Civil Veterinary Department Bengal reports 1933-51 - 1933-1951
Year: 1933
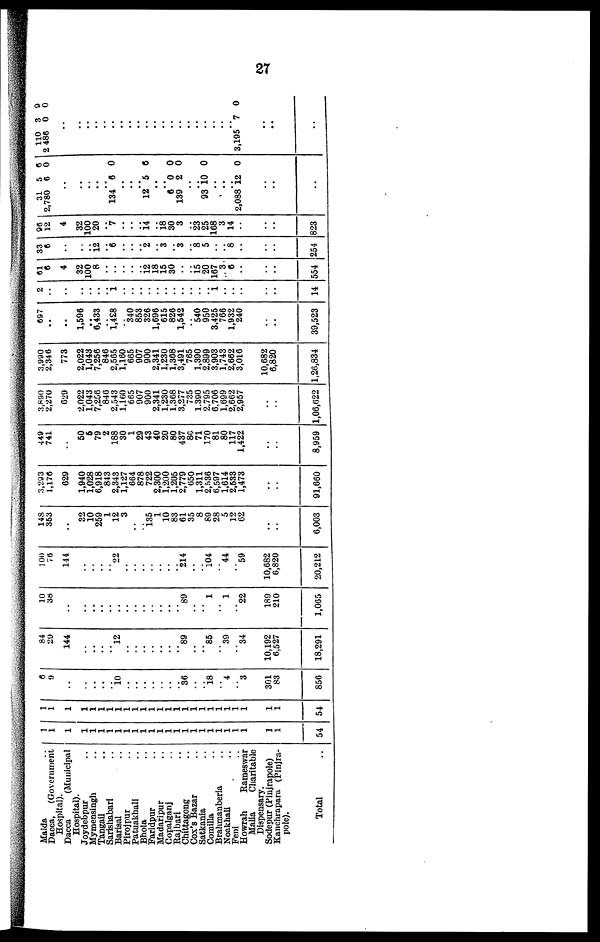
27
Malda ..
Dacca,
(Government
Hospital).
Dacca
(Municipal
Hospital).
Joydebpur ..
Mymensingh ..
Tangail ..
Sarishabari ..
Barisal ..
Pirojpur ..
Patuakhali ..
Bhola ..
Faridpur ..
Madaripur ..
Gopalganj ..
Rajbari ..
Chittagong ..
Cox's Bazar ..
Satkania ..
Comilla ..
Brahmanberia ..
Noakhali ..
Feni ..
Howrah
Rameswar
Malia
Charitable
Dispensary.
Sodepur (Pinjrapole)
Kanchrapara (Pinjra-
pole).
Total ..
1
1
1
1
1
1
1
1
1
1
1
1
1
1
1
1
1
1
1
1
1
1
1
1
1
54
1
1
1
1
1
1
1
1
1
1
1
1
1
1
1
1
1
1
1
1
1
1
1
1
1
54
6
9
..
..
..
..
..
10
..
..
..
..
..
..
..
36
..
..
18
..
4
..
3
301
83
856
84
29
144
..
..
..
..
12
..
..
..
..
..
..
..
89
..
..
85
..
39
..
34
10,192
6,527
18,291
10
38
..
..
..
..
..
..
..
..
..
..
..
..
..
89
..
..
1
..
1
..
22
189
210
1,065
100
76
114
..
..
..
..
22
..
..
..
..
..
..
..
214
..
..
104
..
44
..
59
10,682
6,820
20,212
148
353
..
32
10
259
1
12
3
..
..
135
1
10
83
61
35
8
89
28
5
12
62
..
..
6,003
3,293
1,176
629
1,940
1,028
6,918
843
2,343
1,127
664
878
722
2,300
1,200
1,205
2,779
650
1,311
2,536
6,597
1,614
2,533
1,473
..
..
91,660
449
741
..
50
6
79
2
188
30
1
29
43
40
20
80
437
80
71
170
81
80
117
1,422
..
..
8,959
3,890
2,270
629
2,022
1,043
7,256
846
2,543
1,160
665
907
900
2,341
1,230
1,368
3,277
735
1.390
2,795
6,706
1,699
2,662
2,957
..
..
1,06,622
3,990
2,346
773
2,022
1,043
7,256
846
2,565
1,160
665
907
900
2,341
1,230
1,368
3,491
765
1,390
2,899
3,903
1,743
2,662
3,016
10,682
6,820
1,26,834
697
..
..
1,596
..
6,433
..
1,428
..
340
853
326
1,696
615
826
1,542
..
540
950
3,425
766
1,932
240
..
..
39,523
2
..
..
..
..
..
..
1
..
..
..
..
..
..
..
..
..
..
..
..
..
..
..
..
..
14
61
6
4
32
100
8
..
..
..
..
..
12
18
15
30
..
..
15
20
167
3
6
..
..
..
554
33
6
..
..
..
12
..
6
..
..
..
2
..
3
..
3
..
8
5
..
..
8
..
..
..
254
96
12
4
32
100
20
..
7
..
..
..
14
..
18
30
3
..
23
25
168
3
14
..
..
..
823
31
2,780
134
12
6
139
93
2,088
5
6
..
..
..
..
..
6 ..
..
..
5
..
..
0
2
..
..
10 ..
..
..
12
..
..
..
6
0
0
6
0
0
0
0
110
2 486
3,195
3
0
..
..
..
..
..
..
..
..
..
..
..
..
..
..
..
..
..
..
..
..
7
..
..
..
9
0
0